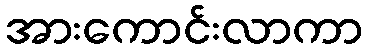
အားကောင်းလာကာ